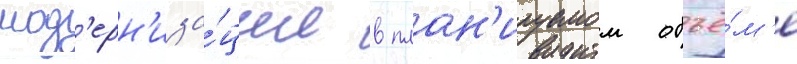
мод'ерн'иза́ции в план'ируемом объё́м'е